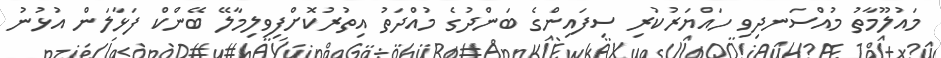
މައުލޫމާތު މުއްސަނދިވި ހައްޔަރުކުރި ސިފައިންގެ ބަންދުގެ މުއްދަތު އިތުރުކޮށްފިވިލިމާލޭ ބޭންކް ފަޅާލަން އުޅުނު